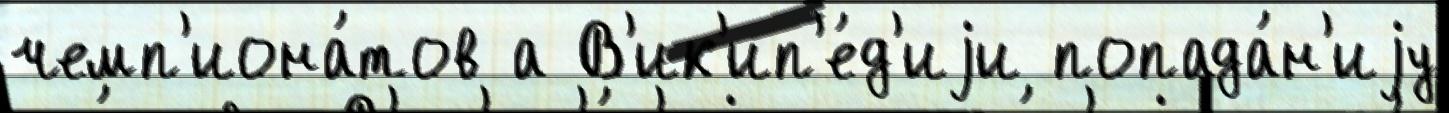
чемп'иона́тов а В'ик'ип'е́д'иjи попада́н'иjу